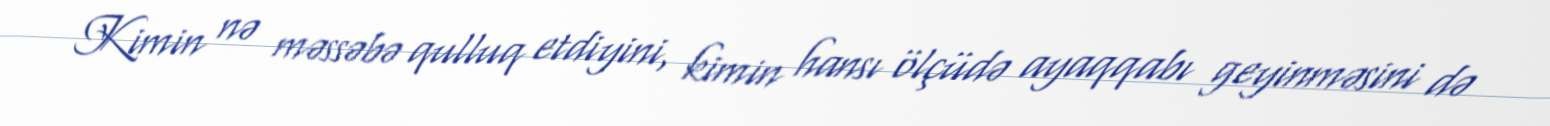
Kimin nə məssəbə qulluq etdiyini, kimin hansı ölçüdə ayaqqabı geyinməsini də